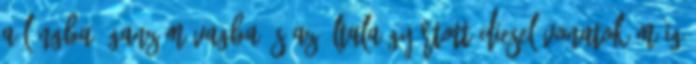
a Lángba, Ganz-Mávagba, s az általa gyártott diesel-vonatok máig